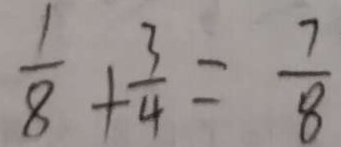
\frac { 1 } { 8 } + \frac { 3 } { 4 } = \frac { 7 } { 8 }